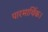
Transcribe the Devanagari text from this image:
पारमार्थिक।